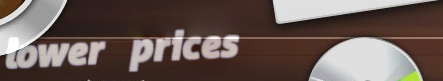
lower prices